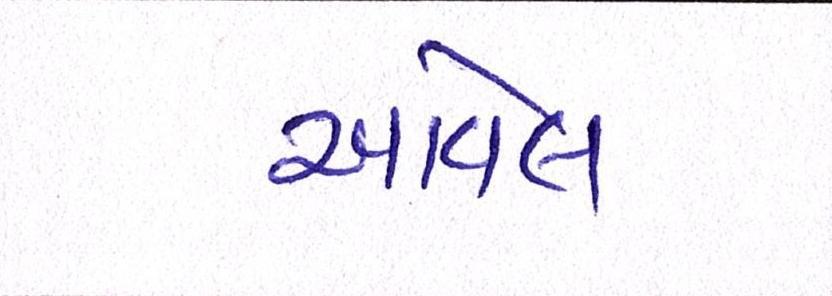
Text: આવેલ